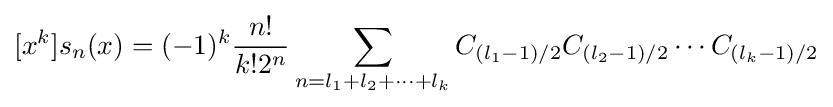
[x^{k}]s_{n}(x)=(-1)^{k}{\frac {n!}{k!2^{n}}}\sum _{n=l_{1}+l_{2}+\cdots +l_{k}}C_{(l_{1}-1)/2}C_{(l_{2}-1)/2}\cdots C_{(l_{k}-1)/2}